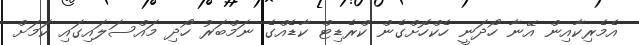
އެމެރިކާއިން އޭނާ ހޯދަނީ ހެކްހޮށްގެން ކްރެޑިޓް ކާޑެއްގެ ނަމްބަރު ހޯދި މައްސަލައިގައި ކަމަށް